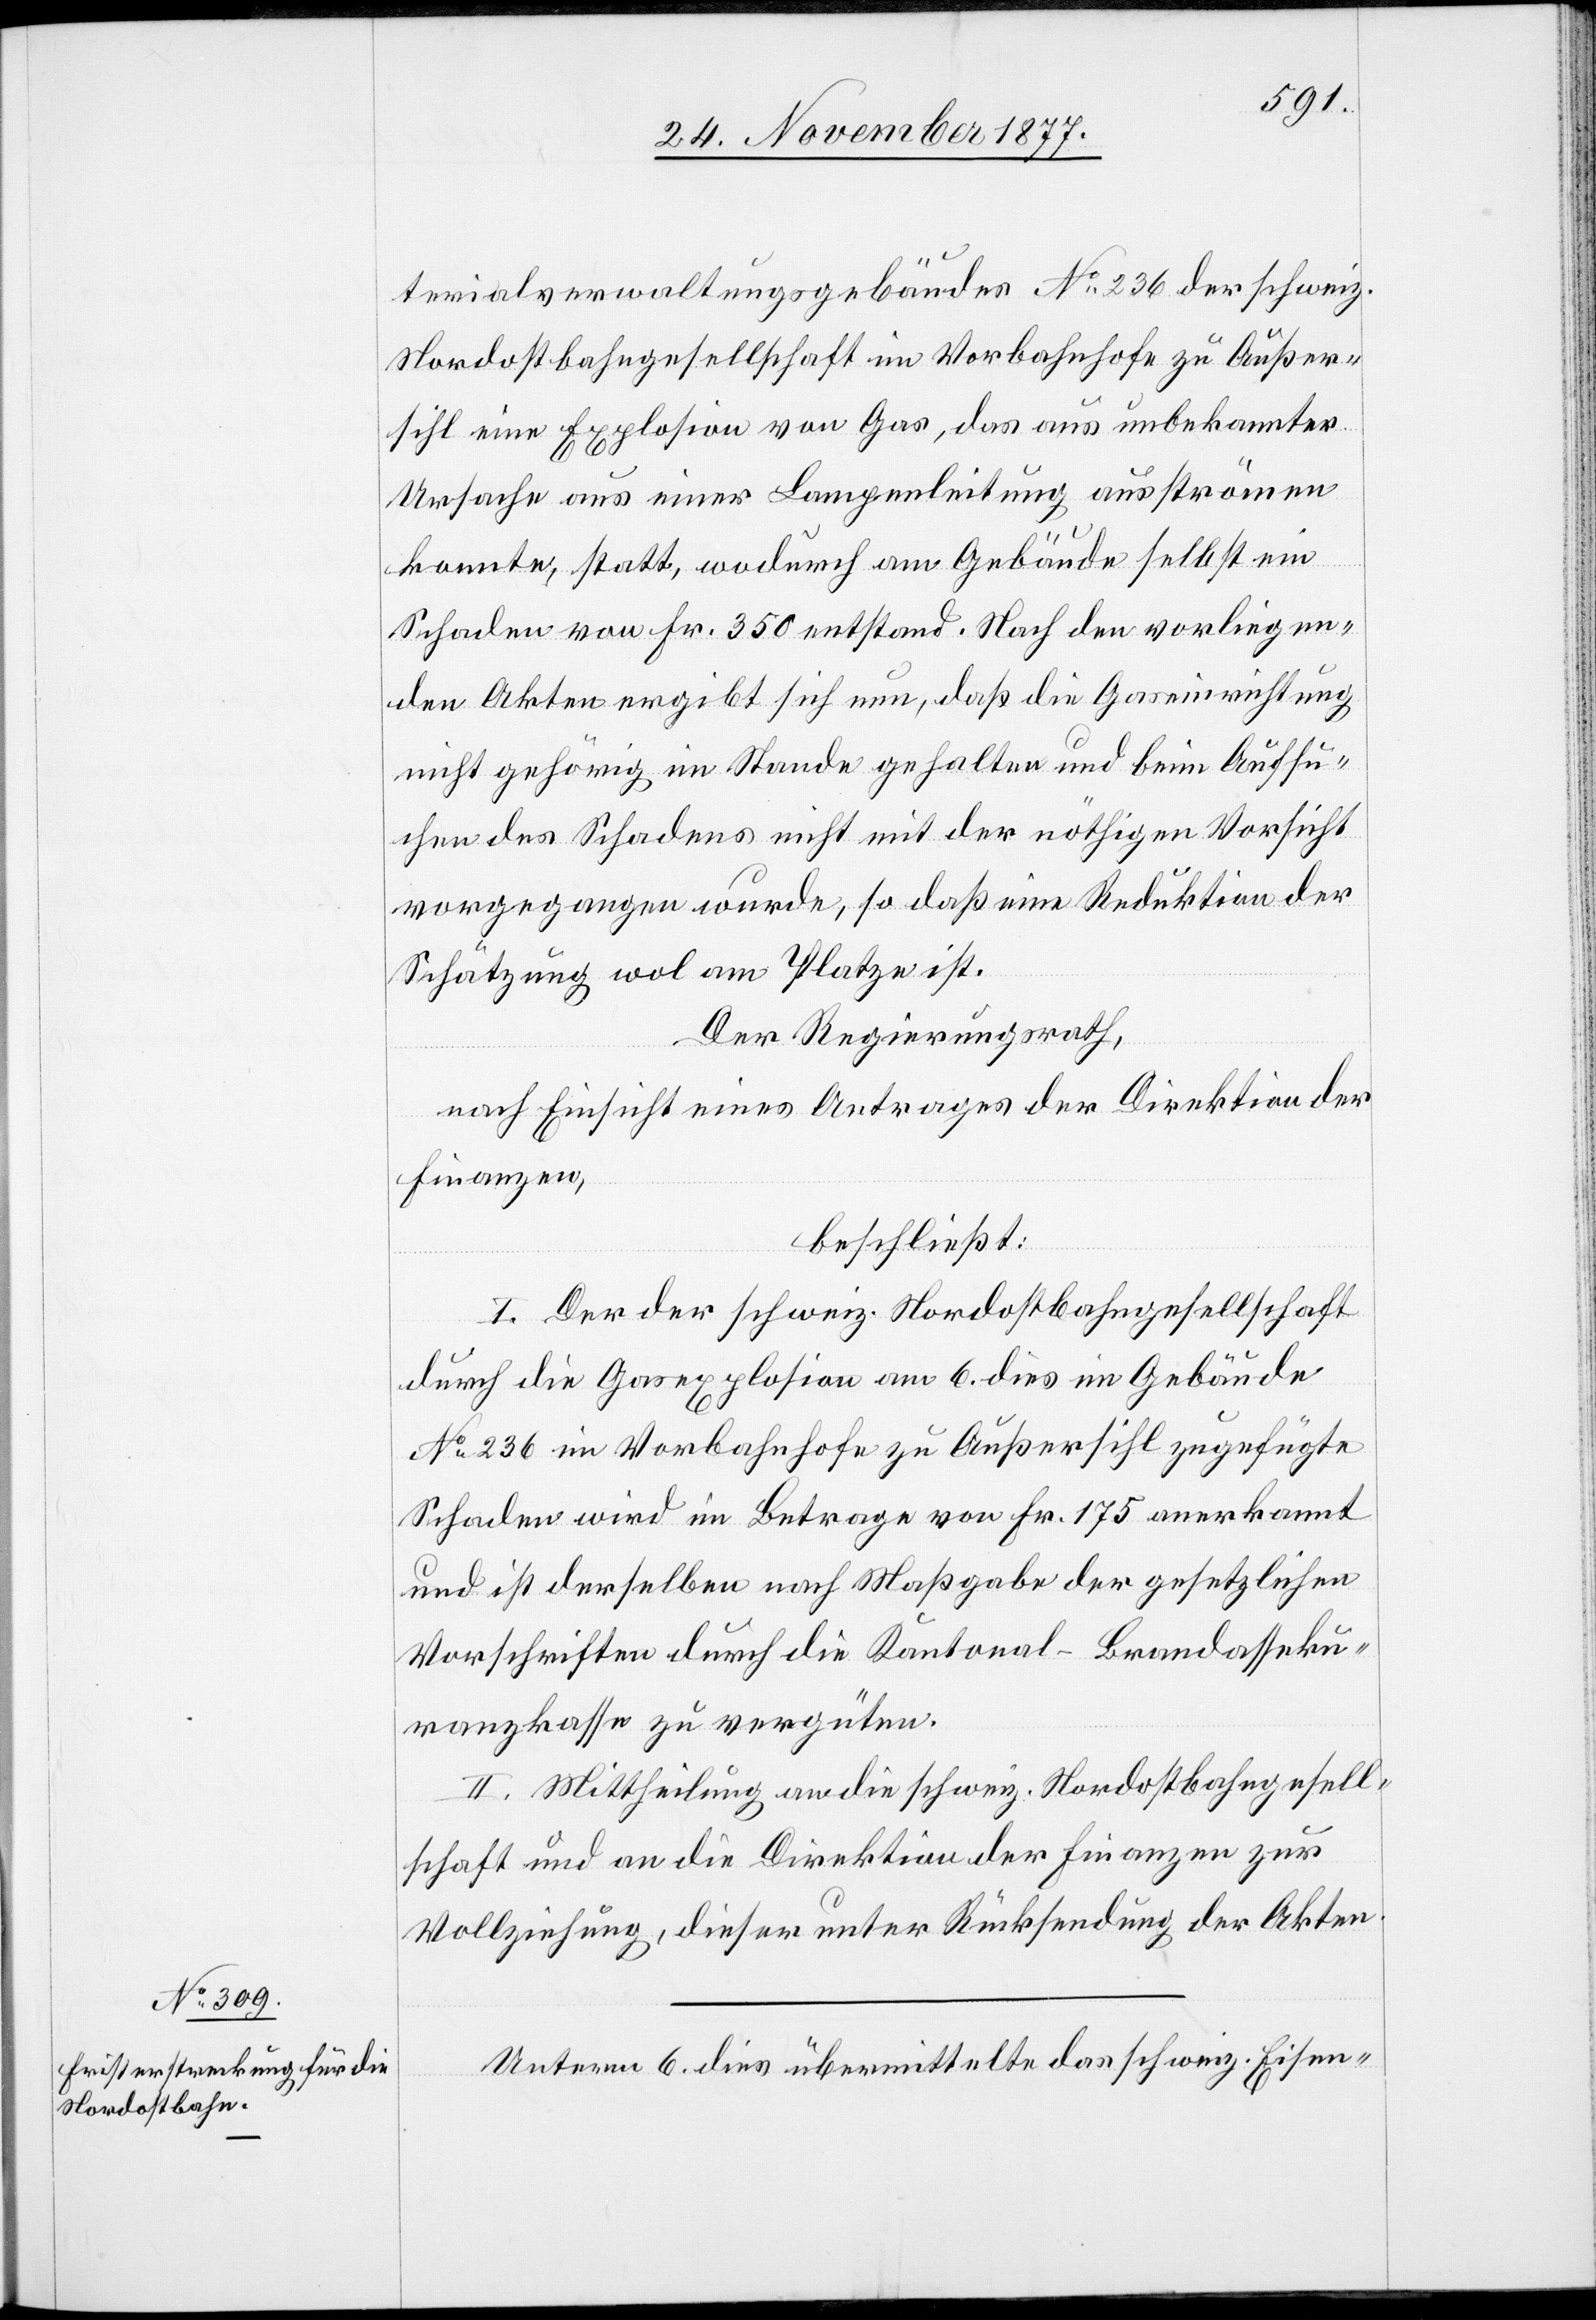
terialverwaltungsgebäudes No 236 der schweiz.
Nordostbahngesellschaft im Vorbahnhofe zu Außer¬
sihl eine Explosion von Gas, das aus unbekannter
Ursache aus einer Lampenleitung ausströmen
konnte, statt, wodurch am Gebäude selbst ein
Schaden von Fr. 350 entstand. Nach den vorliegen¬
den Akten ergibt sich nun, daß die Gaseinrichtung
nicht gehörig im Stande gehalten und beim Aufsu¬
chen des Schadens nicht mit der nöthigen Vorsicht
vorgegangen wurde, so daß eine Reduktion der
Schätzung wol am Platze ist.
Der Regierungsrath,
nach Einsicht eines Antrages der Direktion der
Finanzen,
beschließt:
I. Der der schweiz. Nordostbahngesellschaft
durch die Gasexplosion am 6. dies im Gebäude
No 236 im Vorbahnhofe zu Außersihl zugefügte
Schaden wird im Betrage von Fr. 175 anerkannt
und ist derselben nach Maßgabe der gesetzlichen
Vorschriften durch die Kantonal-Brandasseku¬
ranzkasse zu vergüten.
II. Mittheilung an die schweiz. Nordostbahngesell¬
schaft und an die Direktion der Finanzen zur
Vollziehung, dieser unter Rücksendung der Akten.
Unterm 6. dies übermittelte das schweiz. Eisen-